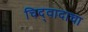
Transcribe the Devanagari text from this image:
चिद्‌वादाचा